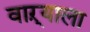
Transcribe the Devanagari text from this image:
वाऱ्याला